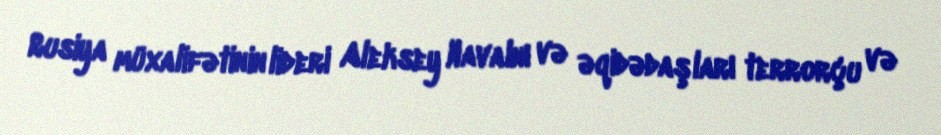
Rusiya müxalifətinin lideri Aleksey Navalnı və əqidədaşları terrorçu və